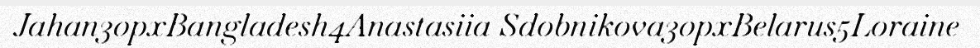
Jahan30pxBangladesh4Anastasiia Sdobnikova30pxBelarus5Loraine